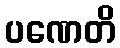
ပဏေတိ